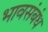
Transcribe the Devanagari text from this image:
भावसंबंध